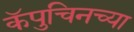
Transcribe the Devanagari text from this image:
कॅपुचिनच्या